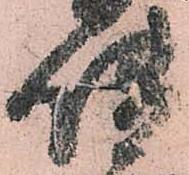
使